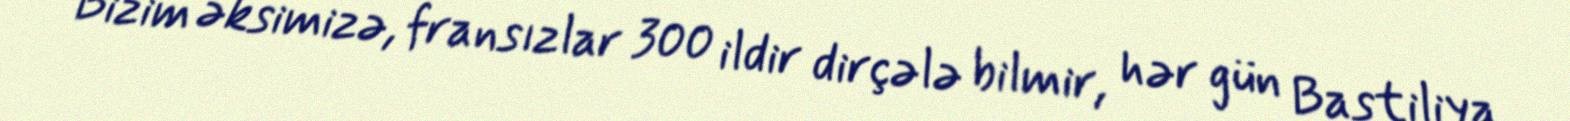
Bizim əksimizə, fransızlar 300 ildir dirçələ bilmir, hər gün Bastiliya